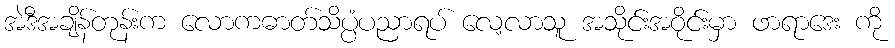
အဲဒီအချိန်တုန်းက လောကဓာတ်သိပ္ပံပညာရပ် လေ့လာသူ အသိုင်းအဝိုင်းမှာ ဖာရာဒေး ကို